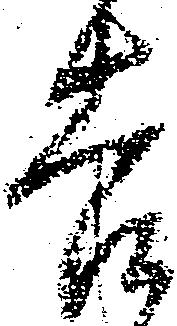
吉